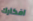
افكارك